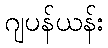
ဂျပန်ယန်း